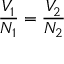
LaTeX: { \frac { V _ { 1 } } { N _ { 1 } } } = { \frac { V _ { 2 } } { N _ { 2 } } }